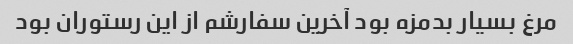
مرغ بسیار بدمزه بود آخرین سفارشم از این رستوران بود